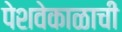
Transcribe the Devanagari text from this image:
पेशवेकाळाची